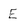
Character: E